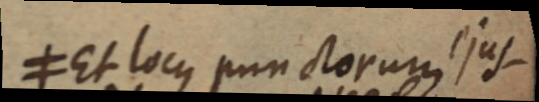
≠ Et locus punctorum ejus